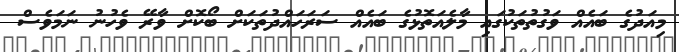
މިއަދުގެ ބައެއް ވަގުތުތަކުގައި މާލެއަތޮޅުގެ ބައެއް ސަރަހައްދުތަކަށް ބޯކޮށް ވާރޭ ވެހުނު ނަމަވެސް